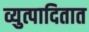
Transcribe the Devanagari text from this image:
व्युत्पादितात